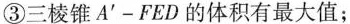
③三棱锥A^{’}-FED的体积有最大值；